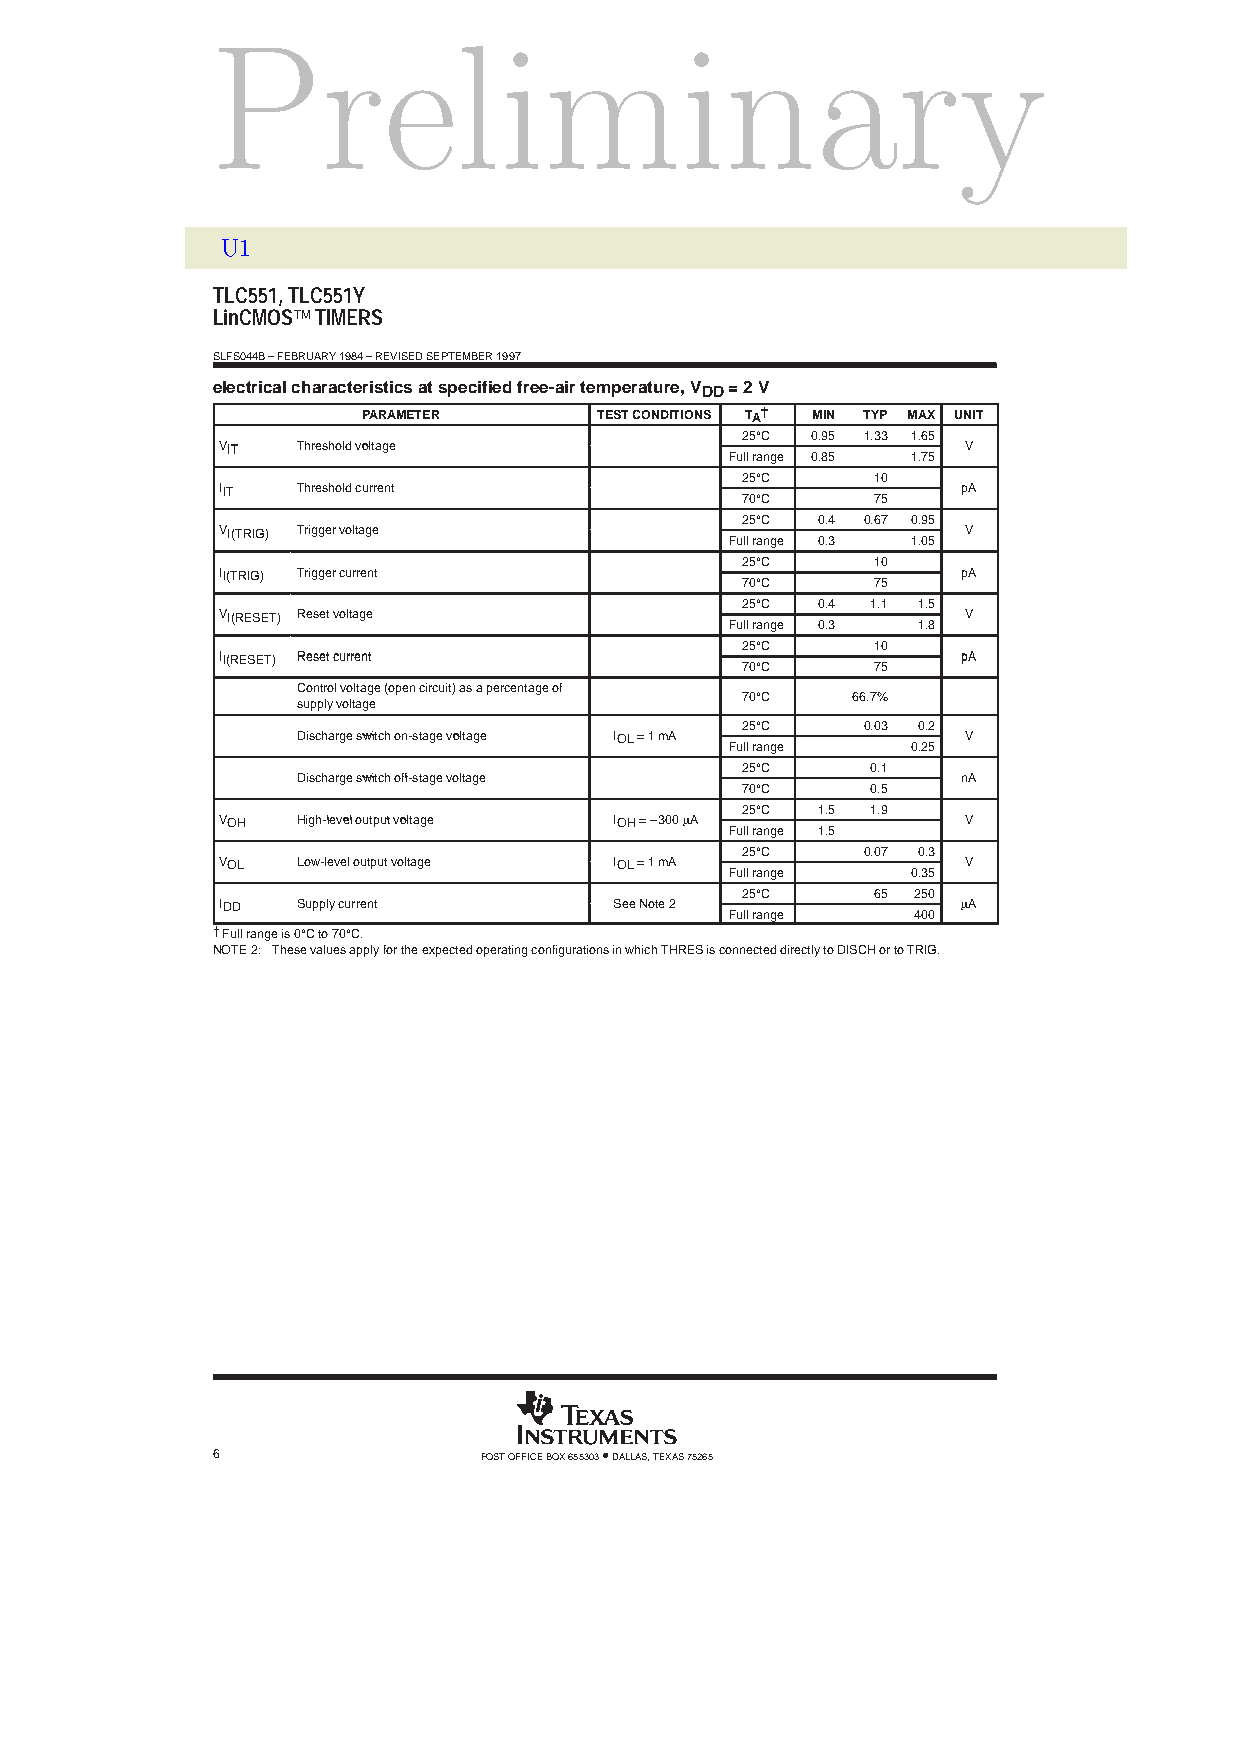
Preliminary
 U1
 TLC551, TLC551Y
 LinCMOS TIMERS
 SLFS044B – FEBRUARY 1984 – REVISED SEPTEMBER 1997
 electrical characteristics at specified free-air temperature, VDD = 2 V
 PARAMETER       TEST CONDITIONS TA† MIN TYP MAX UNIT
 25°C 0.95 1.33 1.65
 VVIITT TThhrreesshhoolldd vvoollttaaggee          VV
 Full range 0.85 1.75
 25°C     10
 IIIITT TThhrreesshhoolldd ccuurrrreenntt
 70°C     75
 ppAA
 25°C 0.4 0.67 0.95
 VVII((TTRRIIGG)) TTrriiggggeerr vvoollttaaggee    VV
 Full range 0.3 1.05
 25°C     10
 IIII((TTRRIIGG)) TTrriiggggeerr ccuurrrreenntt
 70°C     75
 ppAA
 25°C 0.4 1.1 1.5
 VVII((RREESSEETT)) RReesseett vvoollttaaggee      VV
 Full range 0.3 1.8
 25°C     10
 IIII((RREESSEETT)) RReesseett ccuurrrreenntt
 70°C     75
 ppAA
 Control voltage (open circuit) as a percentage of 70°C 66.7%
 supply voltage
 25°C    0.03 0.2
 DDiisscchhaarrggee sswwiittcchh oonn-ssttaaggee vvoollttaaggee IIOOLL == 11 mmAA VV
 Full range  0.25
 25°C     0.1
 DDiisscchhaarrggee sswwiittcchh ooffff-ssttaaggee vvoollttaaggee nnAA
 70°C     0.5
 25°C 1.5 1.9
 VVOOHH HHiigghh-lleevveell oouuttppuutt vvoollttaaggee IIOOHH == –330000 mm AA VV
 Full range 1.5
 25°C    0.07 0.3
 VVOOLL LLooww-lleevveell oouuttppuutt vvoollttaaggee IIOOLL == 11 mmAA VV
 Full range  0.35
 25°C     65 250
 IIDDDD SSuuppppllyy ccuurrrreenntt SSeeee NNoottee 22 mm AA
 Full range  400
 †Full range is 0°C to 70°C.
 NOTE 2: These values apply for the expected operating configurations in which THRES is connected directly to DISCH or to TRIG.
 6                 POST OFFICE BOX 655303 • DALLAS, TEXAS 75265